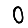
Digit: 0